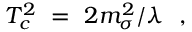
T _ { c } ^ { 2 } \ = \ 2 m _ { \sigma } ^ { 2 } / \lambda \ \ ,